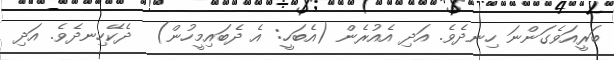
ބަރީއަވެގަންނަ ހިނދެވެ. އަދި އެއުރެން (އެބަހީ: އެ ދެބައިމީހުން)  ދެކޭހިނދެވެ. އަދި